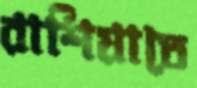
রাশিয়াতে